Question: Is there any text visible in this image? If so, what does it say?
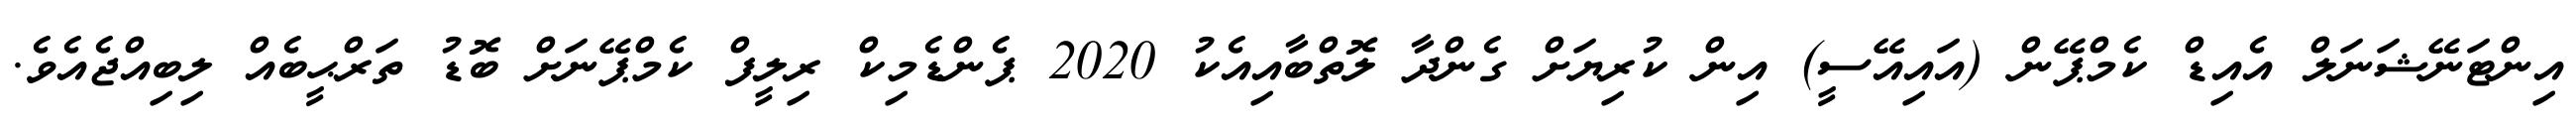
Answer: އިންޓަނޭޝަނަލް އެއިޑް ކެމްޕޭން (އައިއޭސީ) އިން ކުރިޔަށް ގެންދާ ލޮތްބާއިއެކު 2020 ޕެންޑެމިކް ރިލީފް ކެމްޕޭނަށް ބޮޑު ތަރްޙީބެއް ލިބިއްޖެއެވެ.